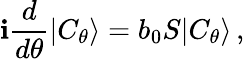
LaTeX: \mathbf{i}{\frac{{d}}{{d\theta}}}|C_{\theta}\rangle=b_{0}S|C_{\theta}\rangle\, ,